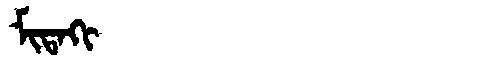
Manchu: ᠮᡳᡨᠠᡴᡳ
Romanization: MITAKI